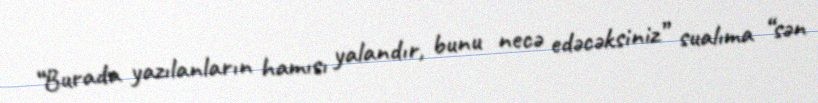
“Burada yazılanların hamısı yalandır, bunu necə edəcəksiniz” sualıma “sən